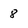
Character: 8